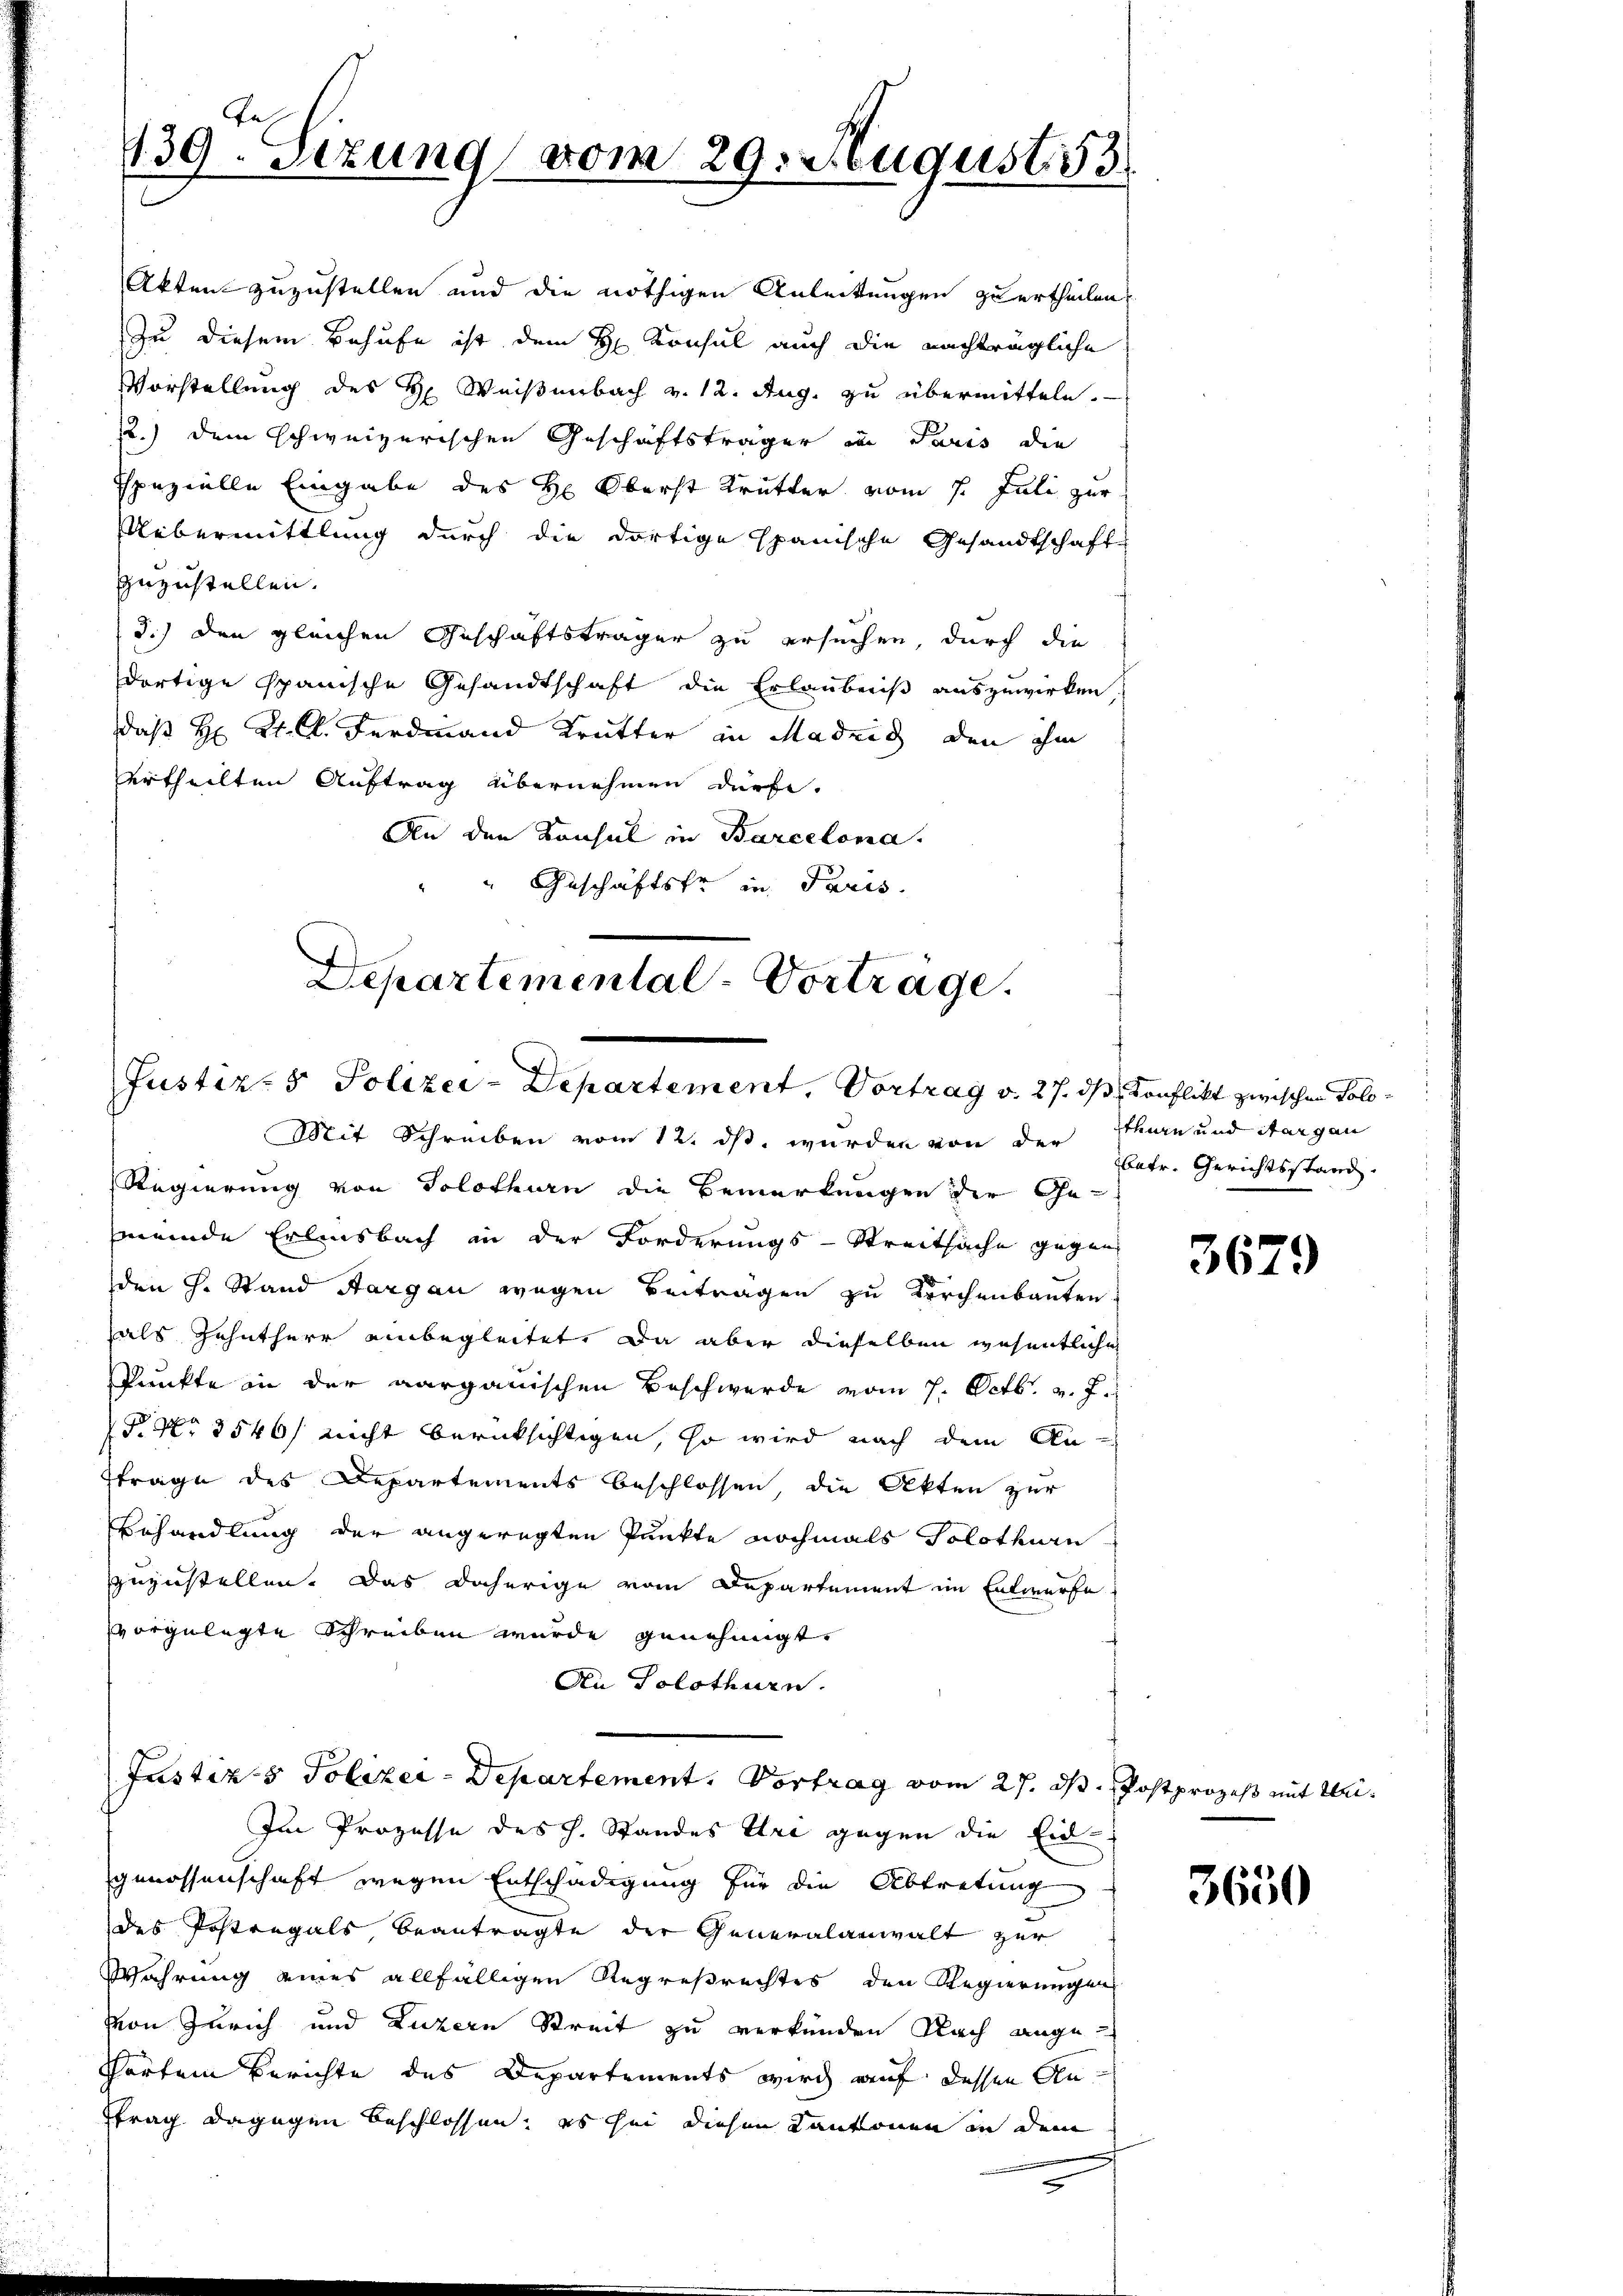
Akten zuzustellen und die nöthigen Anleitungen zu ertheilen,
Zu diesem Behufe ist dem H. Konsul auch die nachträgliche
Vorstellung des H. Weisenbach v. 12. Aug. zu übermitteln.
12.) dem schweizerischen Geschäftsträger in Paris die
Ispezielle Eingabe des H. Oberst Krütter vom 1. Juli zur
Uebermittlung durch die dortige Spanische Gesandtschaft
zuzustellen.
3.) den gleichen Geschäftsträger zu ersuchen, durch die
dortige Spanische Gesandtschaft die Erlaubniß auszuwirken,
daß H: Kt. A. Ferdinand Trutter in Madrid, den ihm
ertheilten Auftrag übernehmen dürfe.
An den Konsul in Barcelona.
Geschäftste in Paris
Mit Schreiben vom 12. ds. wurden von der Pharn und Aargau
Regierung von Solothurn die Bemerkungen der Gemeinde Erlinsbach in der Forderungs-Streitsache gegen
den H. Stand Aargau wegen Beitragen zu Kirchenbauten.
hals Zehntherr einbegleitet. Da aber dieselben wesentliche
spunkte in der aargauischen Beschwerde vom 7. Octb. v. J.
 No 3546/ nicht berücksichtigen, so wird nach dem An-
ftrage des Departements beschlossen, die Akten zur
Behandlung der angeregten Punkte nochmals Solothurn
zuzustellen. Das daherige vom Departement im Entwurfe
vvorgelegte Schreiben wurde genehmigt.
An Solothurn.
Justiz & Polizer-Departement. Vortrag vom 27. ds Postprozeß mit Mei¬
Im Prozesse des H. Standes Uri gegen die Eidgenossenschaft wegen Entschädigung für die Abtretung
des Postregals beantragte der Generalanwalt zur
Währung eines allfälligen Regreßrechtes den Regierungen
von Zürich und Luzern Streit zu verkünden Nach ange¬
Partem Berichte des Departements wird auf dessen Anftrag dagegen beschlossen; es sei diesen Kantonen in dem

te
.
139. Sezung vom 29. August 13.

Departemental-Vorträge.
Justiz- & Polizei-Departement, Vortrag v. 27. ds Konflikt zwischen Solo¬

betr. Gerichtsstand.

3629

3650